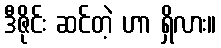
ဒီဇိုင်း ဆင်တဲ့ ဟာ ရှိလား။